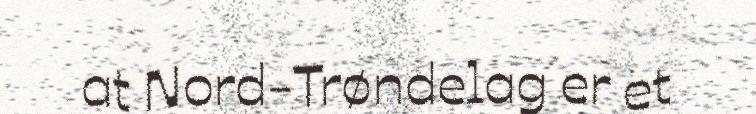
at Nord-Trøndelag er et